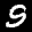
Label: 9